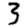
Digit: 3